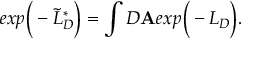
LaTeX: e x p \bigg ( - \widetilde { L } _ { D } ^ { * } \bigg ) = \int { \cal D } { \bf A } e x p \bigg ( - L _ { D } \bigg ) .